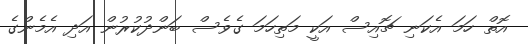
އޮތް ހަމަ އެކަނި ޗޮއިސް އަކީ މަތިހަމަ ގެވެސް ބަންދުކުރުން އަދި އެމެންގެ